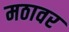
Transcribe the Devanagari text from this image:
मठावर